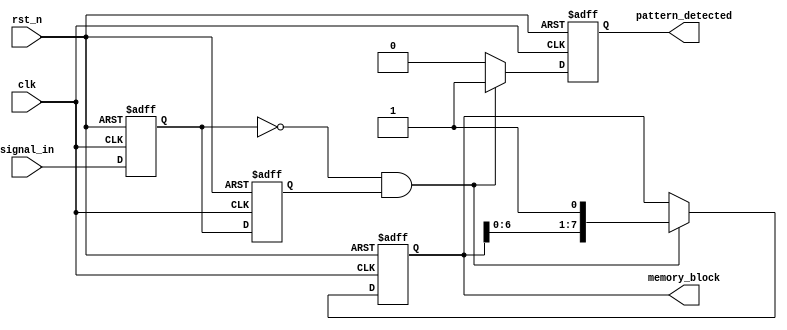
module dual_ff_detector (
    input wire clk,              // Clock signal
    input wire rst_n,            // Active low reset signal
    input wire signal_in,        // Input signal to be monitored
    output reg pattern_detected,  // Output signal indicating pattern detection
    output reg [7:0] memory_block // Memory block to store detected state
);

// Internal signals
reg ff1_out;  // Output of the first flip-flop
reg ff2_out;  // Output of the second flip-flop

// Dual Flip-Flops for synchronization
always @(posedge clk or negedge rst_n) begin
    if (!rst_n) begin
        ff1_out <= 1'b0; // Reset FF1
        ff2_out <= 1'b0; // Reset FF2
    end else begin
        ff1_out <= signal_in; // Sample input signal
        ff2_out <= ff1_out;    // Synchronize with second FF
    end
end

// Pattern Detection Logic
always @(posedge clk or negedge rst_n) begin
    if (!rst_n) begin
        pattern_detected <= 1'b0; // Reset detected flag
        memory_block <= 8'b0;      // Clear memory block
    end else begin
        // Example pattern detection: Detecting a rising edge
        if (ff1_out == 1'b0 && ff2_out == 1'b1) begin
            pattern_detected <= 1'b1; // Rising edge detected
            memory_block <= {memory_block[6:0], 1'b1}; // Store detected state
        end else begin
            pattern_detected <= 1'b0; // No pattern detected
        end
    end
end

endmodule